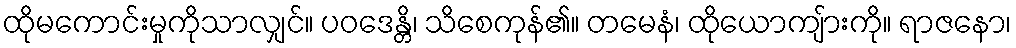
ထိုမကောင်းမှုကိုသာလျှင်။ ပဝဒေန္တိ၊ သိစေကုန်၏။ တမေနံ၊ ထိုယောကျ်ားကို။ ရာဇနော၊